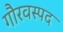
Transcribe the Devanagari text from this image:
गौरवस्पद